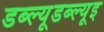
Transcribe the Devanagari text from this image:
डब्ल्यूडब्ल्यूइ